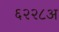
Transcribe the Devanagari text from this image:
६२२८अ